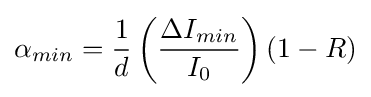
\alpha _{min}={\frac {1}{d}}\left({\frac {\Delta I_{min}}{I_{0}}}\right)(1-R)